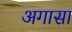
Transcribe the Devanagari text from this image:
अगासा